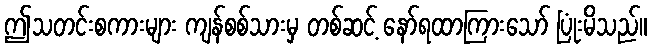
ဤသတင်းစကားများ ကျန်စစ်သားမှ တစ်ဆင့် နော်ရထာကြားသော် ပြုံးမိသည်။